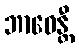
ဘာဝေန္တီ